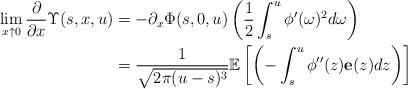
LaTeX: \begin{align*}\lim_{x\uparrow 0} \frac{\partial}{\partial x} \Upsilon(s,x,u)&=-\partial_x \Phi(s,0,u) \left(\frac{1}{2} \int_{s}^{u}\phi'(\omega)^2 d\omega\right)\\&=\frac{1}{\sqrt{2\pi(u-s)^3}} \mathbb{E}\left[ \left (-\int_{s}^{u} \phi''(z)\textbf{e}(z)dz \right)\right] \\\end{align*}